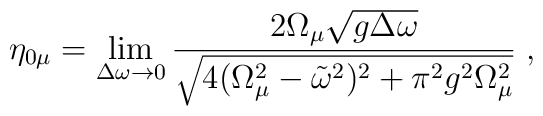
\eta_{0\mu}=\lim_{\Delta \omega\to 0}\frac{2\Omega_\mu\sqrt{g\Delta\omega}}{\sqrt{4(\Omega_\mu^2-\tilde{\omega}^2)^2+\pi^2g^2\Omega_\mu^2}}\;,